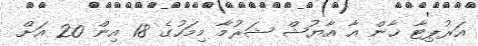
އަރުޕިޓާ ޚާން އާ އާޔުޝް ޝަރުމާ މިމަހުގެ 18 އިން 20 އަށް